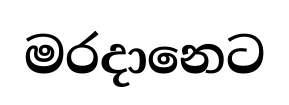
මරදානෙට